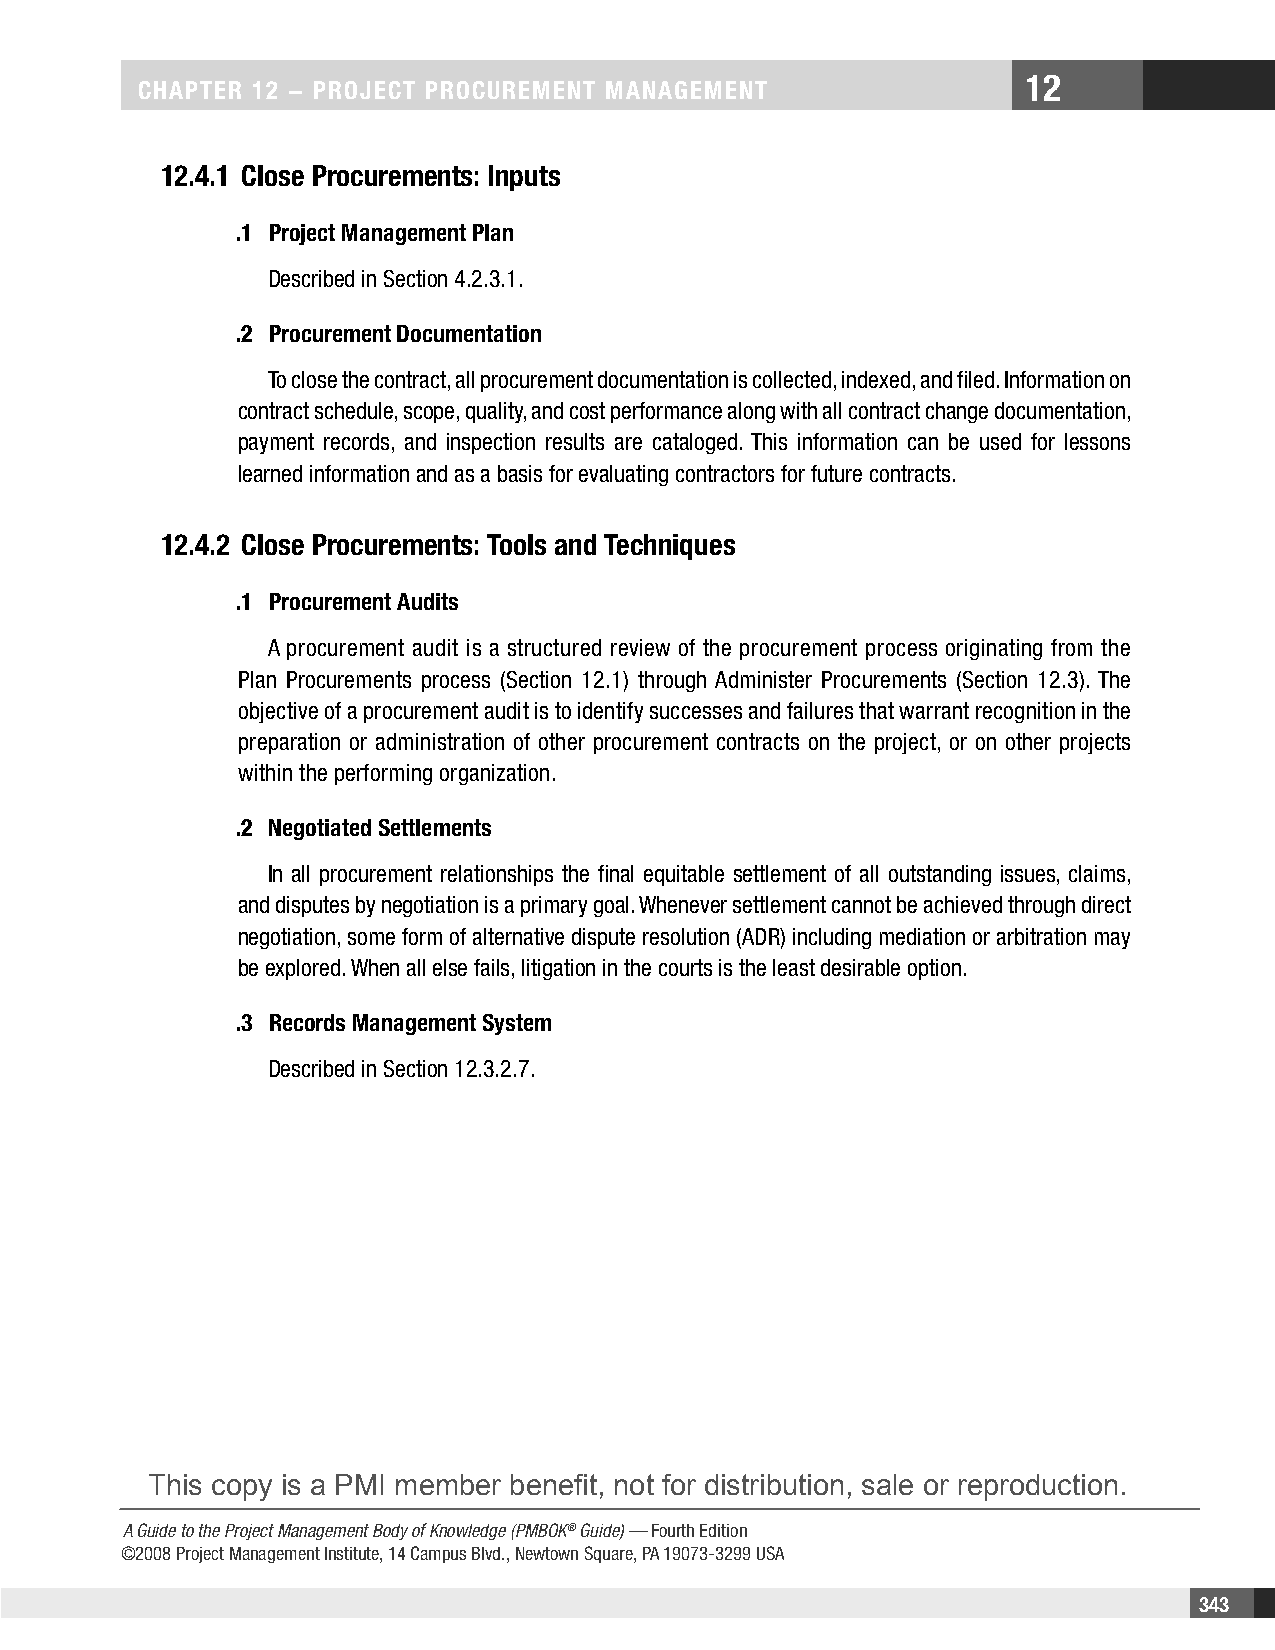
12
 CHAPTER 12 − PROjECT PROCuREMEnT MAnAgEMEnT
 12.4.1 Close Procurements: Inputs
 .1 Project Management Plan
 Described in Section 4.2.3.1.
 .2 Procurement Documentation
 To close the contract, all procurement documentation is collected, indexed, and filed. Information on
 contract schedule, scope, quality, and cost performance along with all contract change documentation,
 payment records, and inspection results are cataloged. This information can be used for lessons
 learned information and as a basis for evaluating contractors for future contracts.
 12.4.2 Close Procurements: Tools and Techniques
 .1 Procurement Audits
 A procurement audit is a structured review of the procurement process originating from the
 Plan Procurements process (Section 12.1) through Administer Procurements (Section 12.3). The
 objective of a procurement audit is to identify successes and failures that warrant recognition in the
 preparation or administration of other procurement contracts on the project, or on other projects
 within the performing organization.
 .2 negotiated Settlements
 In all procurement relationships the final equitable settlement of all outstanding issues, claims,
 and disputes by negotiation is a primary goal. Whenever settlement cannot be achieved through direct
 negotiation, some form of alternative dispute resolution (ADR) including mediation or arbitration may
 be explored. When all else fails, litigation in the courts is the least desirable option.
 .3 Records Management System
 Described in Section 12.3.2.7.
 This copy is a PMI member benefit, not for distribution, sale or reproduction.
 A Guide to the Project Management Body of Knowledge (PMBOK® Guide) — Fourth Edition
 ©2008 Project Management Institute, 14 Campus Blvd., Newtown Square, PA 19073-3299 USA
 343